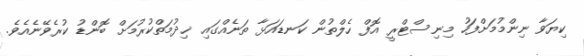
ކިޔަވާ ނިންމުމަށްފަހު މިނިސްޓްރީ އޮފް ހެލްތުން ކަނޑައަޅާ ތަނެއްގައި ޚިދުމަތްކުރުމަށް ބޮންޑު ކުރެވޭނެއެވެ.